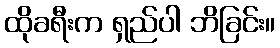
ထိုခရီးက ရှည်ပါ ဘိခြင်း။